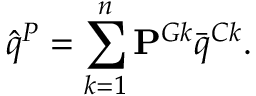
\hat { q } ^ { P } = \sum _ { k = 1 } ^ { n } \mathbf { P } ^ { G k } \bar { q } ^ { C k } .